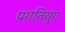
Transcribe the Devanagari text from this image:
प्रगतियुग